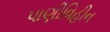
પાણીવિહીન